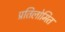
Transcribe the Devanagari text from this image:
प्रतिलोमित